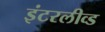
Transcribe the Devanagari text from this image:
इंटरलीव्ड